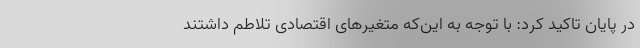
در پایان تاکید کرد: با توجه به این‌که متغیرهای اقتصادی تلاطم داشتند